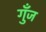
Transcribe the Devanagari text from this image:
गुँज